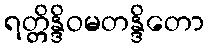
ရတ္တိန္ဒိဝမတန္ဒိတော